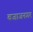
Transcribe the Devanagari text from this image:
बजाजनगर